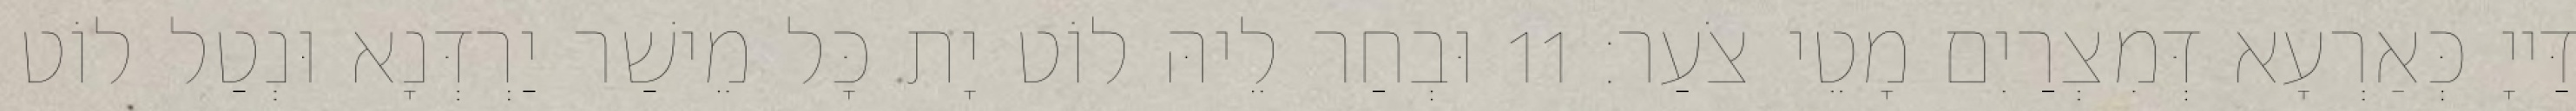
דַּייָ כְּאַרְעָא דְּמִצְרַיִם מָטֵי צֹעַר׃ 11 וּבְחַר לֵיהּ לוֹט יָת כָּל מֵישַׁר יַרְדְּנָא וּנְטַל לוֹט